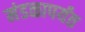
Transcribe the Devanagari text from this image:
मंडळापर्यंत